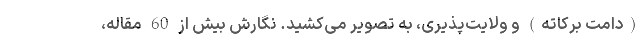
(دامت برکاته) و ولایت‌پذیری، به تصویر می‌کشید. نگارش بیش از 60 مقاله،